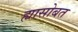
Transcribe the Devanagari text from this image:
ह्यासोबत